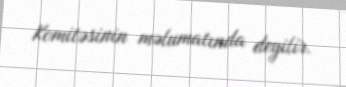
Komitəsinin məlumatında deyilir.